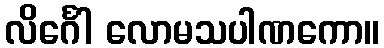
လိင်္ဂေါ လောမသပါဏကော။